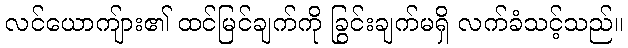
လင်ယောကျ်ား၏ ထင်မြင်ချက်ကို ခြွင်းချက်မရှိ လက်ခံသင့်သည်။